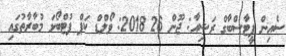
ސެއިން ޕީޓާސްބާގް ރަޝިއާ: ޖޫން 26 2018: ވޯލްޑް ކަޕް ފުޓްބޯޅަ މުބާރާތުގައި